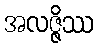
အလဇ္ဇိဿ